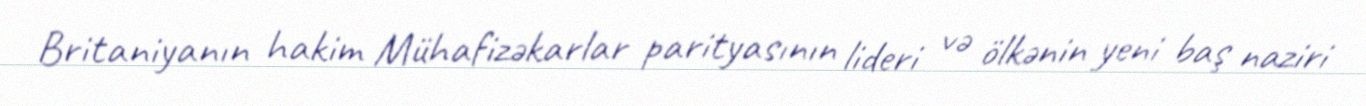
Britaniyanın hakim Mühafizəkarlar parityasının lideri və ölkənin yeni baş naziri